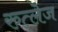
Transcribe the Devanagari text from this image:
रुत्लेज